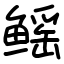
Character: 鳐